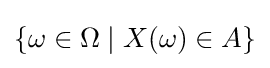
\{\omega \in \Omega \mid X(\omega )\in A\}